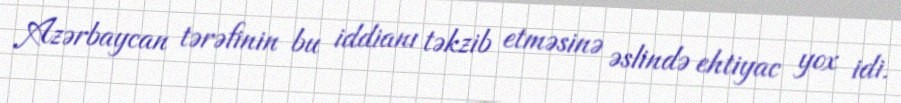
Azərbaycan tərəfinin bu iddianı təkzib etməsinə əslində ehtiyac yox idi.